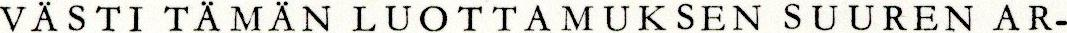
VÄSTI TÄMÄN LUOTTAMUKSEN SUUREN AR-